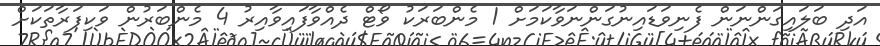
އަދި ބަލައިގަންނަން ފެނިވަޑައިނުގަންނަވާކަމަށް 1 މެންބަރަކު ވޯޓް ދެއްވާފައިވާއިރު 4 މެންބަރުން ވަކިފަރާތަކަށް